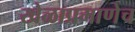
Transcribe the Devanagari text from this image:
खेळाप्रमाणेच